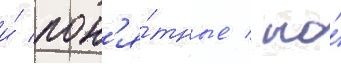
и́ пон'я́тные / но́